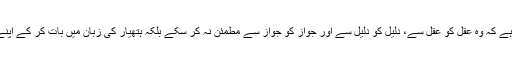
میں سمجھتی ہوں یہ انسان اور انسانیت کے قاتلوں کی دانش و دانست کی بھرپور شکست ہے کہ وہ عقل کو عقل سے، دلیل کو دلیل سے اور جواز کو جواز سے مطمئن نہ کر سکے بلکہ ہتھیار کی زبان میں بات کر کے اپنے ہاتھوں سے بنائے ہوئے اسلحہ کے ساتھ مد مقابل کو ٹکڑوں ہی میں تقسیم کر ڈالے....!